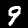
Label: 9